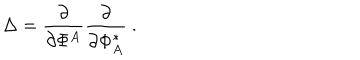
\Delta = \frac { \partial } { \partial \Phi ^ { A } } \frac { \partial } { \partial \Phi _ { A } ^ { \phantom { A } \! \! \! * } } \ .